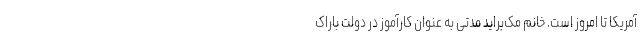
آمریکا تا امروز است. خانم مک‌براید مدتی به عنوان کارآموز در دولت باراک